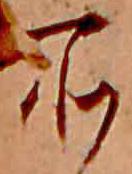
所